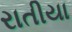
રાતીયા